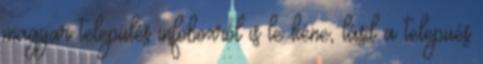
magyar település infoboxról is le kéne, lásd a telepüés